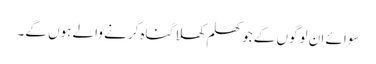
سوائے ان لوگوں کے جو کھلم کھلا گناہ کرنے والے ہوں گے۔